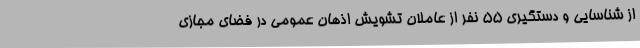
از شناسایی و دستگیری 55 نفر از عاملان تشویش اذهان عمومی در فضای مجازی